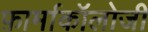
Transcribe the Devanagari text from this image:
फ़ार्माकॉलोजी